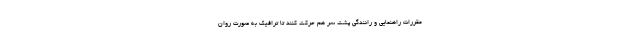
مقررات راهنمایی و رانندگی پشت سر هم حرکت کنند تا ترافیک به صورت روان